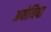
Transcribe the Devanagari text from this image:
अयोधिया